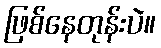
ဖြစ်နေတုန်းပဲ။